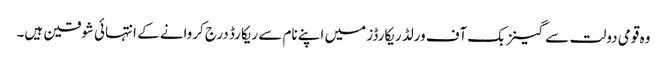
وہ قومی دولت سے گینز بک آف ورلڈ ریکارڈز میں اپنے نام سے ریکارڈ درج کروانے کے انتہائی شوقین ہیں۔